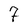
Character: 7